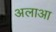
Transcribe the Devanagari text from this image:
अलाआ